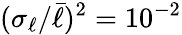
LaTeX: (\sigma_{\ell}/\bar{\ell})^{2}=10^{-2}